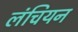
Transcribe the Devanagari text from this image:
लंचियन